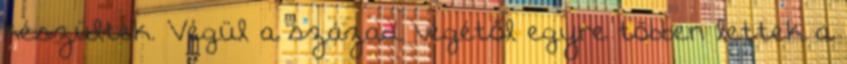
készültek. Végül a század végétől egyre többen lettek a